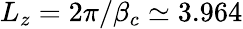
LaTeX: L_{z}=2\pi/\beta_{c}\simeq 3.964